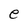
Character: e